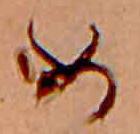
め